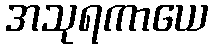
အသုရကာယေ